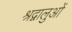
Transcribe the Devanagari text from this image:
श्रद्वालुओं